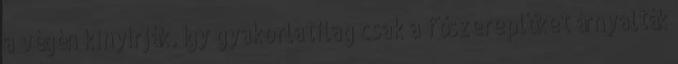
a végén kinyírják. Így gyakorlatilag csak a főszereplőket árnyalták